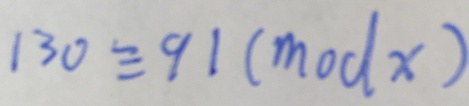
1 3 0 \equiv 9 1 ( m o d x )